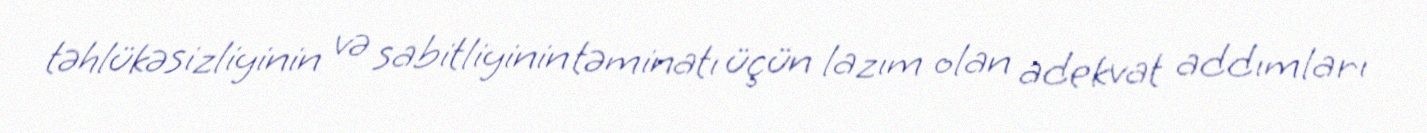
təhlükəsizliyinin və sabitliyinin təminatı üçün lazım olan adekvat addımları